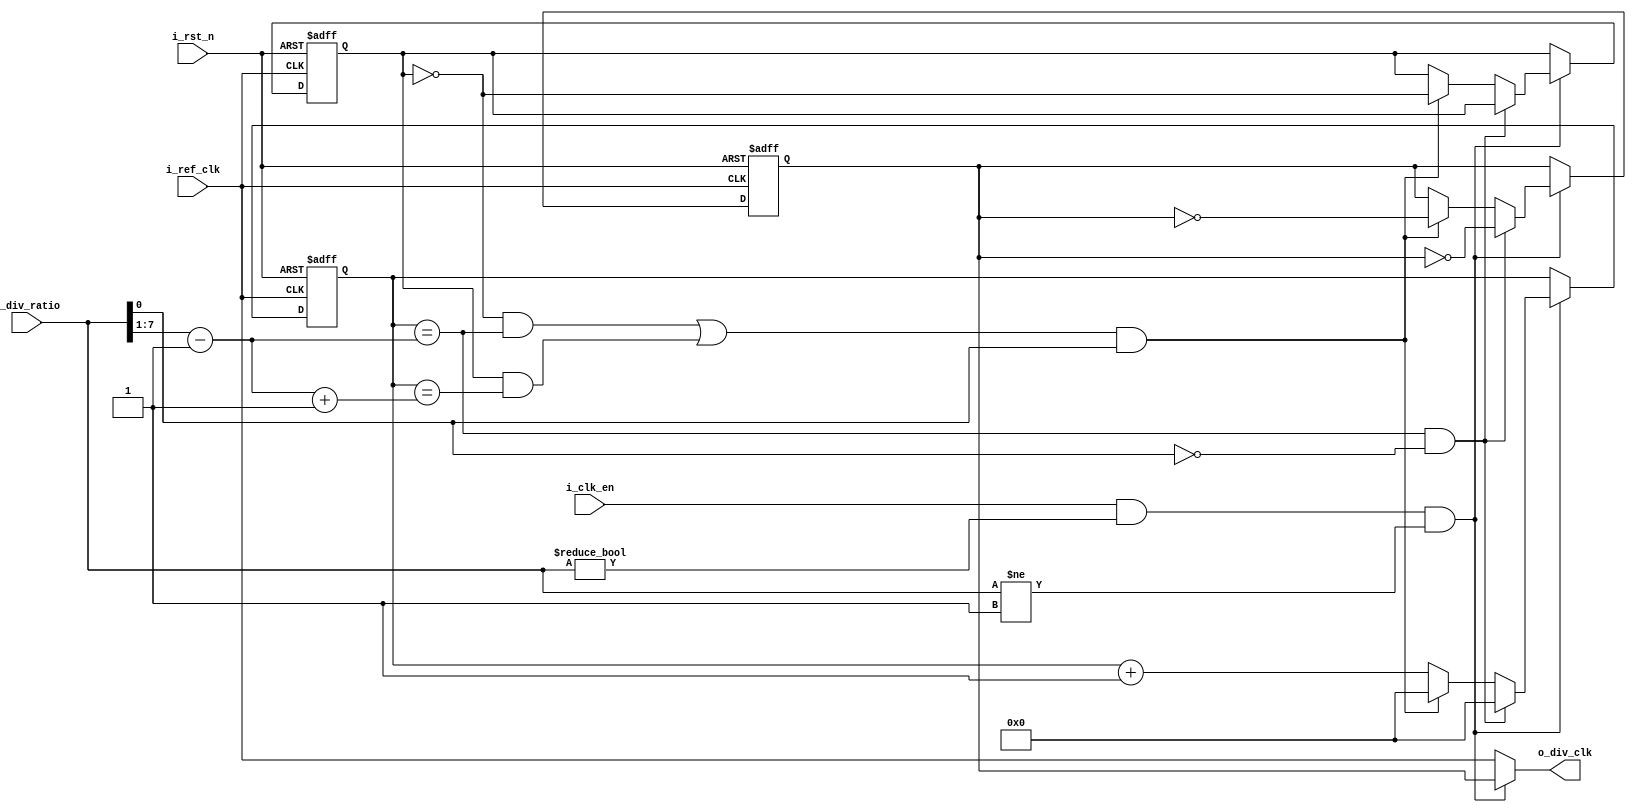
module ClkDiv #(parameter ratio_width = 8 )
(
input wire i_ref_clk,
input wire i_rst_n,
input wire i_clk_en,
input wire [ratio_width-1 :0 ]i_div_ratio,
output reg o_div_clk
);
 
wire ClK_DIV_EN;
wire [ratio_width-2:0] half ;
wire [ratio_width-2:0] half_plus_one;
wire odd;
reg [ratio_width-2:0] count;
reg tmp_div_clk;
reg flag = 1'b0;

always@(posedge i_ref_clk or negedge i_rst_n)
 begin
	if(!i_rst_n)
		begin
			tmp_div_clk	 <= 1'b0;
			count   	 <=  'b0;
			flag         <= 1'b0;
		end
	else if (ClK_DIV_EN )
		begin
			if ((count == half) && (!odd))
				begin
					tmp_div_clk <= ! tmp_div_clk;
					count <= 'b0 ;
				end
			else if	(((!flag && (count == half)) || (flag && (count == half_plus_one))) && odd)
				begin
					tmp_div_clk <= ~ tmp_div_clk;
					count <= 'b0;
					flag <= !flag;
				end
			else
				count <= count + 1'b1 ;
		end
 end
 
//assign 	o_div_clk = tmp_div_clk;
	
always@ (*)
 begin
	if ( ClK_DIV_EN )
		o_div_clk = tmp_div_clk;
	else
		o_div_clk = i_ref_clk;
 end 
	

	
assign half = ((i_div_ratio >> 1) -1 );
assign half_plus_one = half+1 ;
assign odd = i_div_ratio[0];
assign ClK_DIV_EN = (i_clk_en && ( i_div_ratio != 'b0) && ( i_div_ratio != 'b1));
endmodule